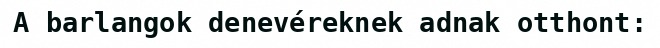
A barlangok denevéreknek adnak otthont: